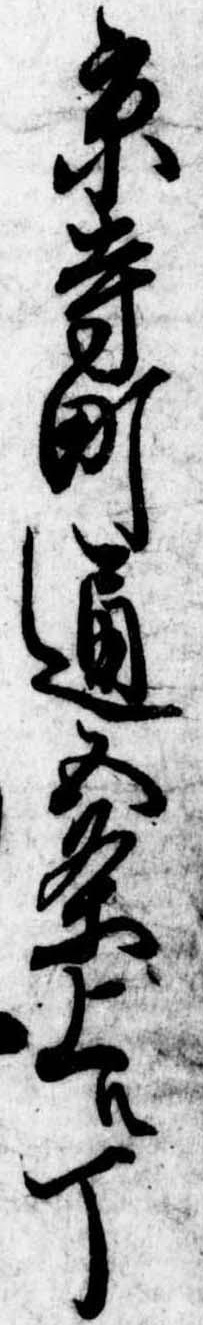
京寺町通五条上ル丁